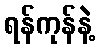
ရန်ကုန်နဲ့